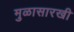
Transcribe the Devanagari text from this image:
मुळासारखी